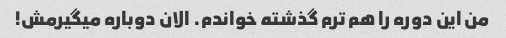
من این دوره را هم ترم گذشته خواندم. الان دوباره میگیرمش!